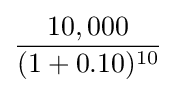
{\frac {10,000}{(1+0.10)^{10}}}